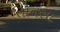
તાનસા